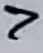
Text: 7